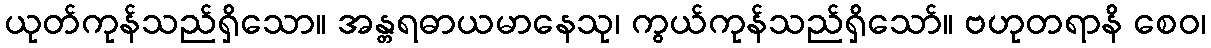
ယုတ်ကုန်သည်ရှိသော။ အန္တရဓာယမာနေသု၊ ကွယ်ကုန်သည်ရှိသော်။ ဗဟုတရာနိ စေဝ၊